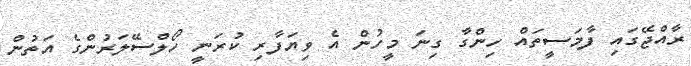
ރާއްޖޭގައި ފާމަސީތައް ހިންގާ ގިނަ މީހުން އެ ވިޔަފާރި ކުރަނީ ހޯލްސޭލަރުންގެ އަތުން